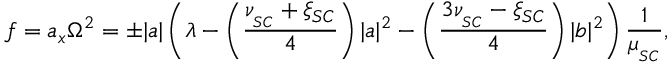
f = a _ { x } \Omega ^ { 2 } = \pm | a | \left( \lambda - \left( \frac { \nu _ { _ { S C } } + \xi _ { S C } } { 4 } \right) | a | ^ { 2 } - \left( \frac { 3 \nu _ { _ { S C } } - \xi _ { S C } } { 4 } \right) | b | ^ { 2 } \right) \frac { 1 } { \mu _ { _ { S C } } } ,